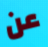
عن